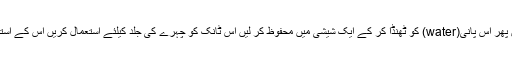
گوبھی کو تھوڑے سے پانی(water) میں ابالیں پھر اس پانی(water) کو ٹھنڈا کر کے ایک شیشی میں محفوظ کر لیں اس ٹانک کو چہرے کی جلد کیلئے استعمال کریں اس کے استعمال سے چھائیاں اور جھریاں ختم ہو جاتی ہیں۔